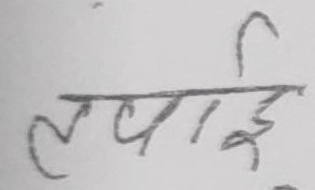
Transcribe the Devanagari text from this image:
लम्बाई